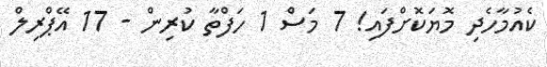
ކެއުމާހެދި މޮޔަކޮށްފައި! 7 މަސް 1 ހަފްތާ ކުރިން - 17 އޭޕްރިލް